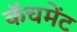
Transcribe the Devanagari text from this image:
कॅचमेंट